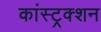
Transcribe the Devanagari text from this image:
कांस्ट्रक्शन